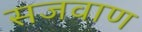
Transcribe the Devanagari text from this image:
सजवाण